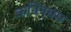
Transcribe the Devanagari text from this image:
कनिन्घम